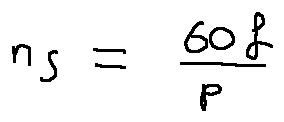
n _ { s } = \frac { 6 0 f } { p }